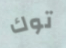
توك